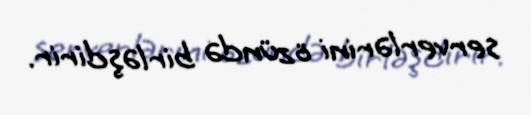
serverlərini özündə birləşdirir.